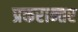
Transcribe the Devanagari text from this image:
प्रकरान्तर